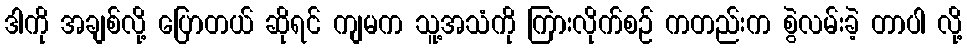
ဒါကို အချစ်လို့ ပြောတယ် ဆိုရင် ကျမက သူ့အသံကို ကြားလိုက်စဉ် ကတည်းက စွဲလမ်းခဲ့ တာပါ လို့